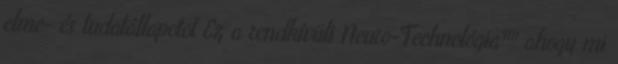
elme- és tudatállapotot Ez a rendkívüli Neuro-Technológia™ ahogy mi